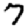
Digit: 7